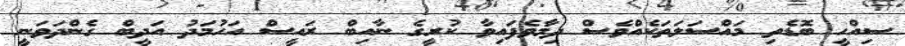
ސިއްހީ ބޮޑެތި މައްސަލަތަކެއްވެސް ދިމާވެފައިވާ ކުރީގެ ނާއިބް ރައީސް އަހުމަދު އަދީބް ގެންދަވަނީ